Vaccination in Bombay 1874-1876 - 1874-1876
Year: 1874
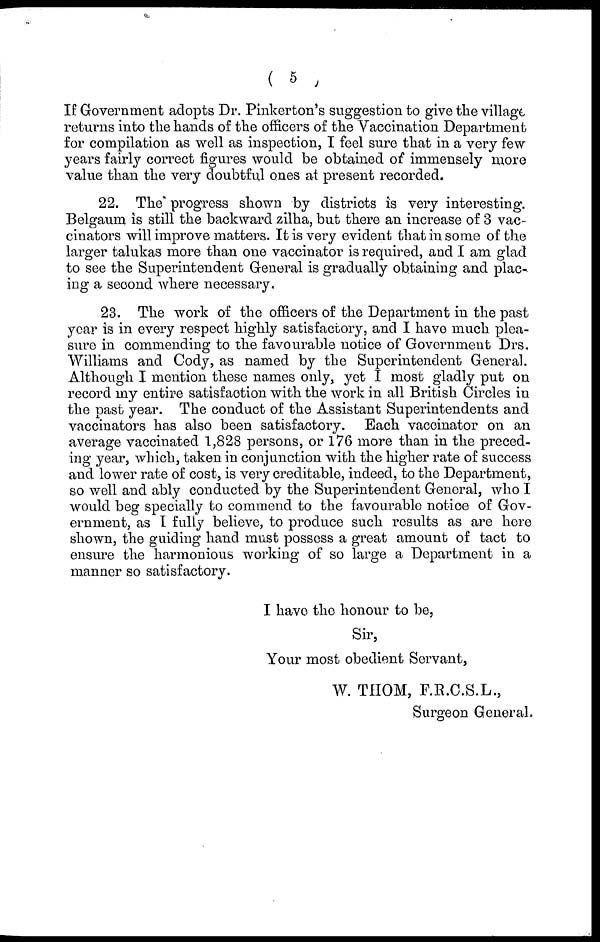
( 5 )
If Government adopts Dr. Pinkerton's suggestion to give the village
returns into the hands of the officers of the Vaccination Department
for compilation as well as inspection, I feel sure that in a very few
years fairly correct figures would be obtained of immensely more
value than the very doubtful ones at present recorded.
22. The progress shown by districts is very interesting.
Belgaum is still the backward zilha, but there an increase of 3 vac¬
cinators will improve matters. It is very evident that in some of the
larger talukas more than one vaccinator is required, and I am glad
to see the Superintendent General is gradually obtaining and plac¬
ing a second where necessary.
23. The work of the officers of the Department in the past
year is in every respect highly satisfactory, and I have much plea-
sure in commending to the favourable notice of Government Drs.
Williams and Cody, as named by the Superintendent General.
Although I mention these names only, yet I most gladly put on
record my entire satisfaction with the work in all British Circles in
the past year. The conduct of the Assistant Superintendents and
vaccinators has also been satisfactory. Each vaccinator on an
average vaccinated 1,828 persons, or 176 more than in the preced-
ing year, which, taken in conjunction with the higher rate of success
and lower rate of cost, is very creditable, indeed, to the Department,
so well and ably conducted by the Superintendent General, who I
would beg specially to commend to the favourable notice of Gov-
ernment, as I fully believe, to produce such results as are here
shown, the guiding hand must possess a great amount of tact to
ensure the harmonious working of so large a Department in a
manner so satisfactory.
I have the honour to be,
Sir,
Your most obedient Servant,
W. THOM, F.R.C.S.L.,
Surgeon General.